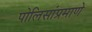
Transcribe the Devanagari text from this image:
पोलिसांप्रमाणे